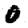
Digit: 0